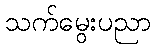
သက်မွေးပညာ